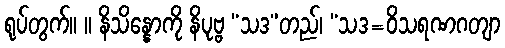
ရုပ်တွက်။ ။ နိသိန္နောကို နိပုဗ္ဗ “သဒ”တည်၊ “သဒ=ဝိသရဏဂတျာ